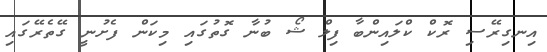
އިނގިރޭސި ރޮކް ކްލައިންބާ ފިލް ޝޯ ބުނާ ގޮތުގައި މިކަން ފެށުނީ ގޭތެރޭގައި